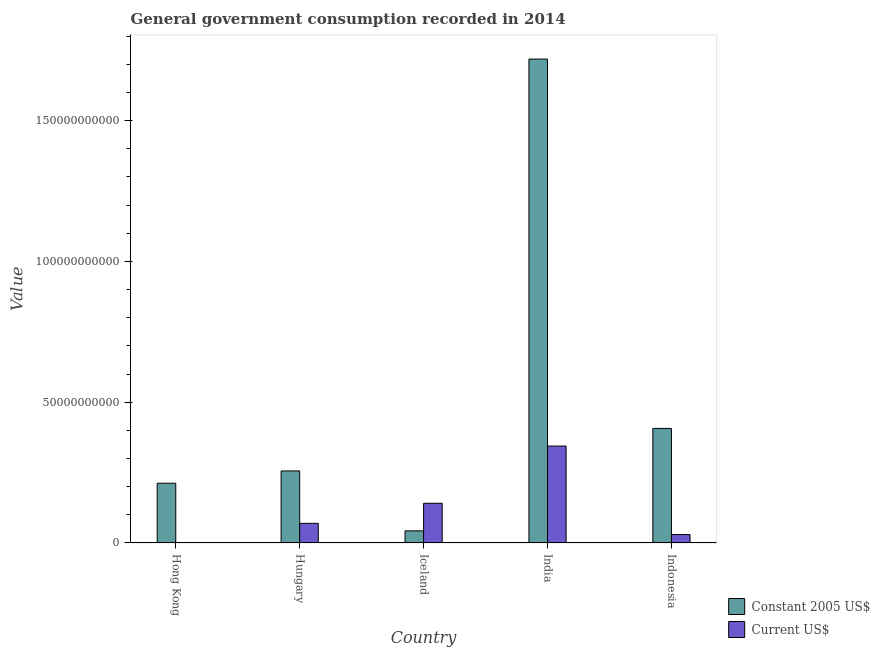
| Country | Constant 2005 US$ | Current US$ |
 | --- | --- | --- |
 | Hong Kong | 2.12e+10 | 1.04e+08 |
 | Hungary | 2.56e+10 | 6.98e+09 |
 | Iceland | 4.31e+09 | 1.41e+10 |
 | India | 1.72e+11 | 3.44e+10 |
 | Indonesia | 4.07e+10 | 2.99e+09 |